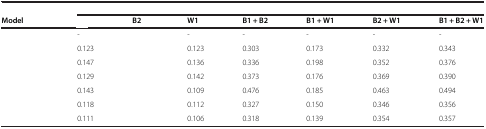
<table><thead><tr><td>[EMPTY_CELL]</td><td colspan="7">[EMPTY_CELL]</td></tr><tr><td><b>Model</b></td><td>[EMPTY_CELL]</td><td><b>B2</b></td><td><b>W1</b></td><td><b>B1 + B2</b></td><td><b>B1 + W1</b></td><td><b>B2 + W1</b></td><td><b>B1 + B2 + W1</b></td></tr></thead><tbody><tr><td>[EMPTY_CELL]</td><td>-</td><td>[EMPTY_CELL]</td><td>-</td><td>-</td><td>-</td><td>-</td><td>-</td></tr><tr><td>[EMPTY_CELL]</td><td>0.123</td><td>[EMPTY_CELL]</td><td>0.123</td><td>0.303</td><td>0.173</td><td>0.332</td><td>0.343</td></tr><tr><td>[EMPTY_CELL]</td><td>0.147</td><td>[EMPTY_CELL]</td><td>0.136</td><td>0.336</td><td>0.198</td><td>0.352</td><td>0.376</td></tr><tr><td>[EMPTY_CELL]</td><td>0.129</td><td>[EMPTY_CELL]</td><td>0.142</td><td>0.373</td><td>0.176</td><td>0.369</td><td>0.390</td></tr><tr><td>[EMPTY_CELL]</td><td>0.143</td><td>[EMPTY_CELL]</td><td>0.109</td><td>0.476</td><td>0.185</td><td>0.463</td><td>0.494</td></tr><tr><td>[EMPTY_CELL]</td><td>0.118</td><td>[EMPTY_CELL]</td><td>0.112</td><td>0.327</td><td>0.150</td><td>0.346</td><td>0.356</td></tr><tr><td>[EMPTY_CELL]</td><td>0.111</td><td>[EMPTY_CELL]</td><td>0.106</td><td>0.318</td><td>0.139</td><td>0.354</td><td>0.357</td></tr></tbody></table>